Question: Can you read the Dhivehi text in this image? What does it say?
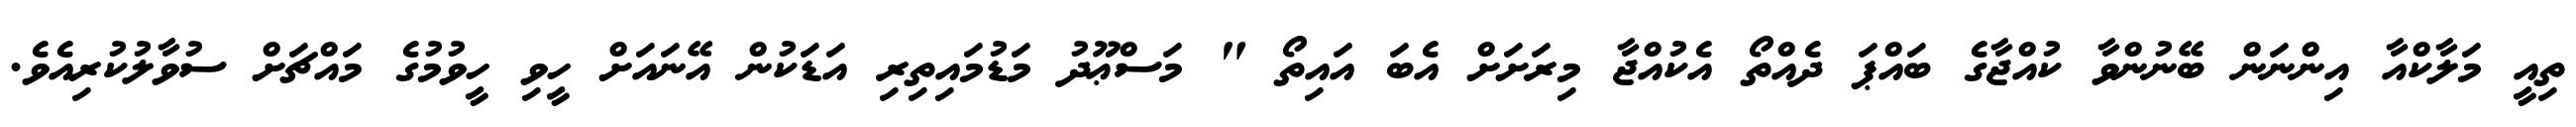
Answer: ތިއީ މަލާކްއާ އިންނަން ބޭނުންވާ ކުއްޖާގެ ބައްޕަ ދެއްތޯ އެކުއްޖާ މިރަށަށް އެބަ އައިތޯ " މަސްޢޫދު މަޑުމައިތިރި އަޑަކުން އޭނައަށް ހީވި ހީވުމުގެ މައްޗަށް ސުވާލުކުރިއެވެ.